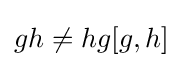
gh\neq hg[g,h]